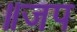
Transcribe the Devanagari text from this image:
॥जप